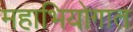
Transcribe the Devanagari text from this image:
महाभियोगात